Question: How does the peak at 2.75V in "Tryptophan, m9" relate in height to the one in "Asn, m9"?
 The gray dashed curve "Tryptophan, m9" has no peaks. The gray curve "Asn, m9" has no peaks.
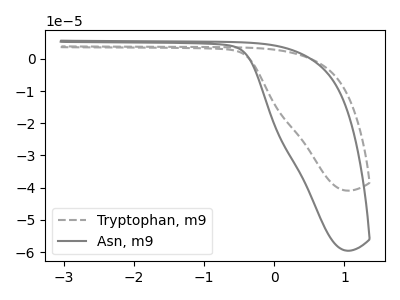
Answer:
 <answer>"Tryptophan, m9" and "Asn, m9" dont share a peak at 2.75V.</answer>
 <eval>mismatch</eval>